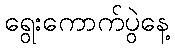
ရွေးကောက်ပွဲနေ့